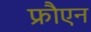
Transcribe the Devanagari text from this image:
फ्रौएन